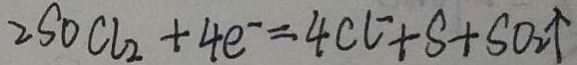
2 S _ { 0 } C l _ { 2 } + 4 e ^ { - } = 4 C E + S + S O _ { 2 } \uparrow